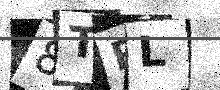
Text: 8TRL